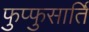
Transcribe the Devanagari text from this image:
फुप्फुसार्ति